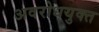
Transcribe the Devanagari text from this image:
अवरोधयुक्त